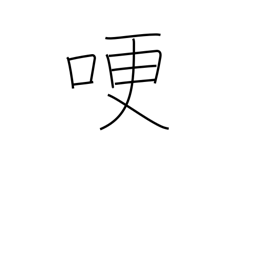
Meaning: get choked up